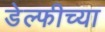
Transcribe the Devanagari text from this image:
डेल्फीच्या